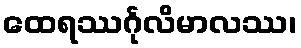
ထေရဿင်္ဂုလိမာလဿ၊